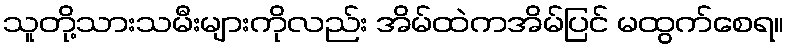
သူတို့သားသမီးများကိုလည်း အိမ်ထဲကအိမ်ပြင် မထွက်စေရ။